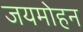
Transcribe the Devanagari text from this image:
जयमोहन